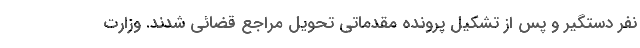
نفر دستگیر و پس از تشکیل پرونده مقدماتی تحویل مراجع قضائی شدند. وزارت